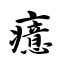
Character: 癔